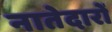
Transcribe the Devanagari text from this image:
नातेदारों